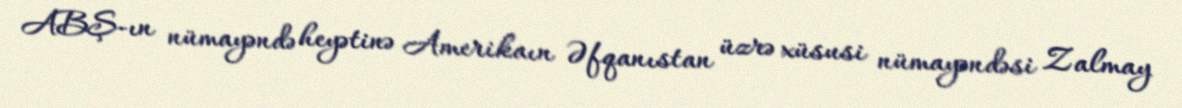
ABŞ-ın nümayəndə heyətinə Amerikaın Əfqanıstan üzrə xüsusi nümayəndəsi Zalmay